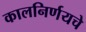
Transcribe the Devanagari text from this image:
कालनिर्णयचे